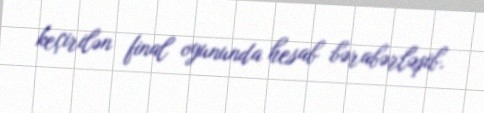
keçirilən final oyununda hesab bərabərləşib.